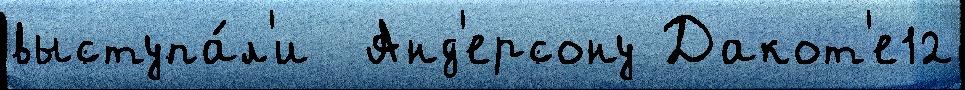
выступа́л'и  Анд'ерсону Дакот'е12